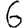
Digit: 6